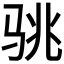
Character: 𱅏